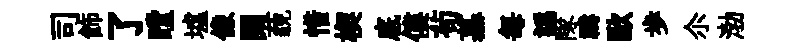
司飾了瞠墟像闊藐惜楔底僂茍慕每譌隊禱歐歩尒渤